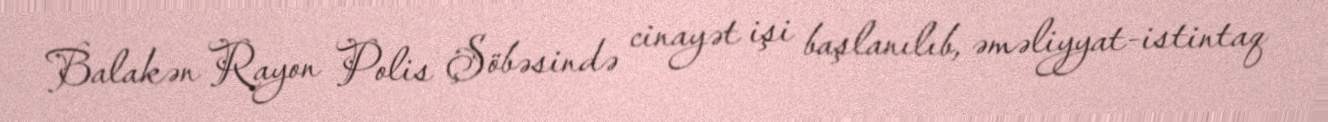
Balakən Rayon Polis Şöbəsində cinayət işi başlanılıb, əməliyyat-istintaq